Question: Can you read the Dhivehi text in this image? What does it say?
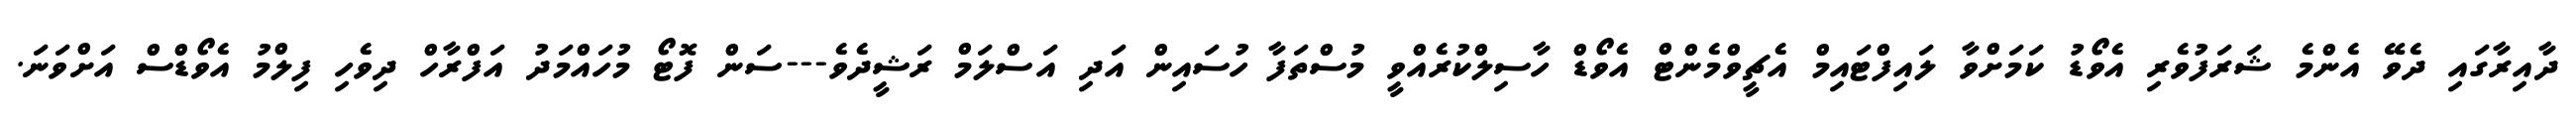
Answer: ދާއިރާގައި ދެވޭ އެންމެ ޝަރަފުވެރި އެވޯޑު ކަމަށްވާ ލައިފްޓައިމް އެޗީވްމެންޓް އެވޯޑް ހާސިލްކުރެއްވީ މުސްތަފާ ހުސައިން އަދި އަސްލަމް ރަޝީދެވެ---ސަން ފޮޓޯ މުހައްމަދު އަފްރާހް ދިވެހި ފިލްމު އެވޯޑްސް އަށްވަނަ.